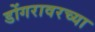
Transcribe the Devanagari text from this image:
डोंगरावरच्या